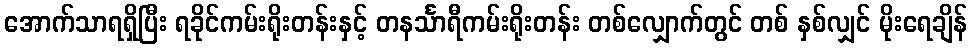
အောက်သာရရှိပြီး ရခိုင်ကမ်းရိုးတန်းနှင့် တနင်္သာရီကမ်းရိုးတန်း တစ်လျှောက်တွင် တစ် နှစ်လျှင် မိုးရေချိန်